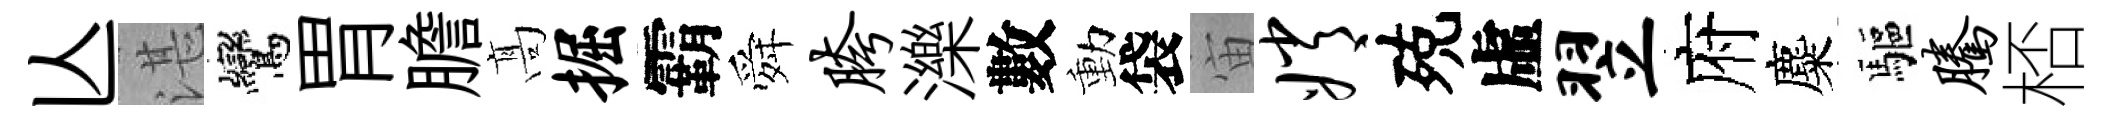
亾湛鸞胃膽髙掘霸舜胯濼數動袋宙嫦殑虛翌府麋驅腾桮